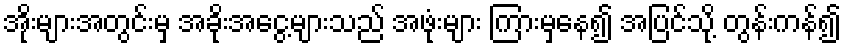
အိုးများအတွင်းမှ အခိုးအငွေ့များသည် အဖုံးများ ကြားမှနေ၍ အပြင်သို့ တွန်းကန်၍